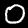
Label: 0